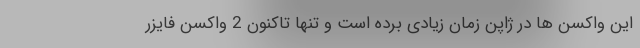
این واکسن ها در ژاپن زمان زیادی برده است و تنها تاکنون 2 واکسن فایزر